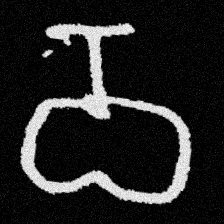
Pyu character \u2014 Myanmar letter: ဝ (romanized: wa)